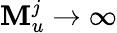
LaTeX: \mathbf{M}_{u}^{j}\rightarrow\infty